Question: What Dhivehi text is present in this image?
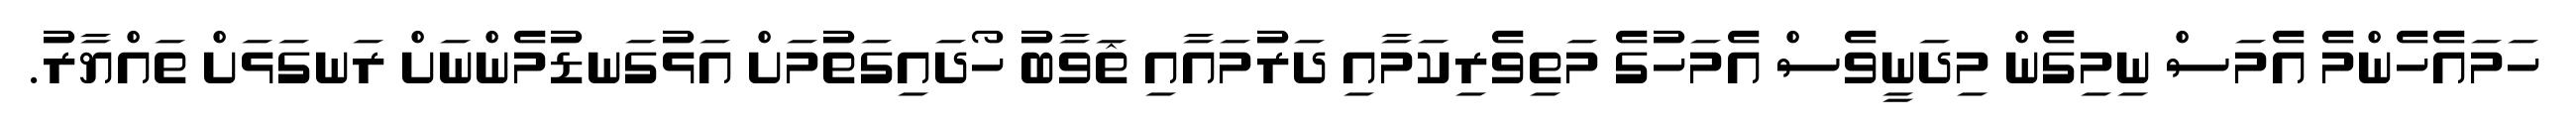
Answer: ހަމައެހެންމެ އެމަސް ނިމިގެން މިދަނީވެސް އެމަހުގެ މަތިވެރިކަމާއި ދަރުމައާއި ޘަވާބު ހޯދައިގަތުމަށް އަޅުގަނޑުމެންނަށް ރަނގަޅަށް ތައްޔާރު.